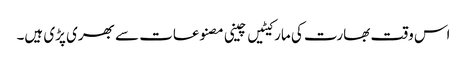
اس وقت بھارت کی مارکیٹیں چینی مصنوعات سے بھری پڑی ہیں۔